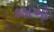
કડાઓ